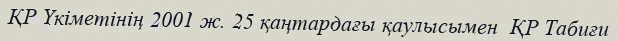
ҚР Үкіметінің 2001 ж. 25 қаңтардағы қаулысымен  ҚР Табиғи